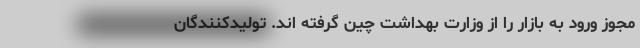
مجوز ورود به بازار را از وزارت بهداشت چین گرفته اند. تولیدکنندگان